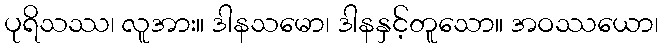
ပုရိသဿ၊ လူအား။ ဒါနသမော၊ ဒါနနှင့်တူသော။ အဝဿယော၊